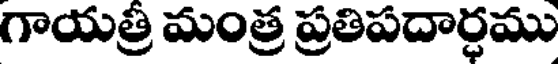
గాయత్రీ మంత్ర ప్రతిపదార్ధము